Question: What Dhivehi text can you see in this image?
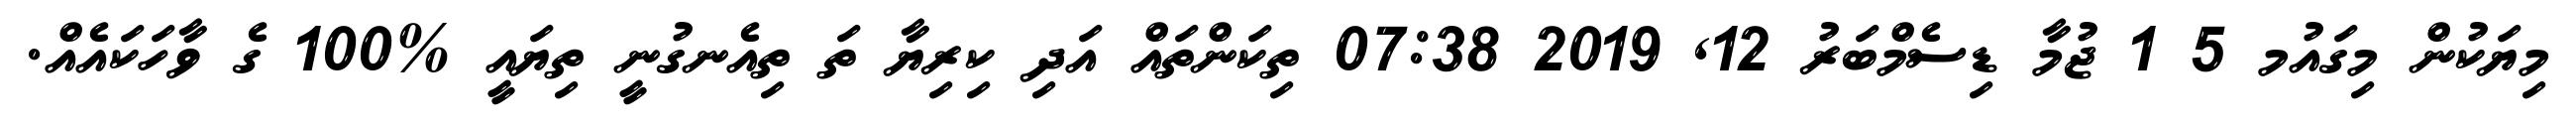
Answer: މިޔަކުން މިގައުމ 5 1 ޖުމާ ޑިސެމްބަރު 12, 2019 07:38 ތިކަންތައް އަދި ކިރިޔާ ތަ ތިއެނގުނީ ތިޔައީ %100 ގެ ވާހަކައެއް.